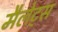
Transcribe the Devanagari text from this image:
मैलेट्स